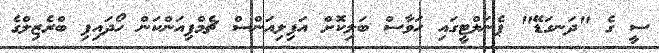
ސީ ގެ "ދަނގަޑޭ" ޕެނަލްޓީގައި ހަވާސް ބަލިކޮށް އަފިލިއަންސް ޗެމްޕިއަންކަން ހޯދައިފި ބްރެޒިލްގެ